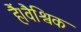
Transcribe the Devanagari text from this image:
हैं।वैश्विक